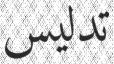
تدليس